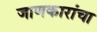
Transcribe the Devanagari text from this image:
जाणकारांचा